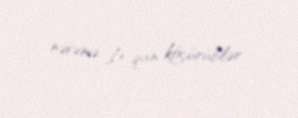
nəvəmə I+ qan köçürüblər.